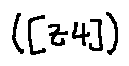
( [ z 4 ] )